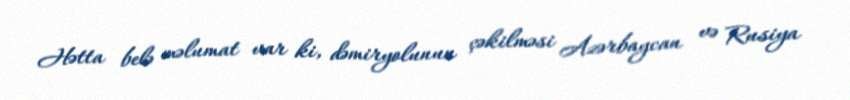
Hətta belə məlumat var ki, dəmiryolunun çəkilməsi Azərbaycan və Rusiya